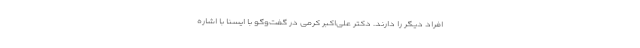
افراد دیگر را دارند. دکتر علی‌اکبر کرمی در گفت‌وگو با ایسنا با اشاره